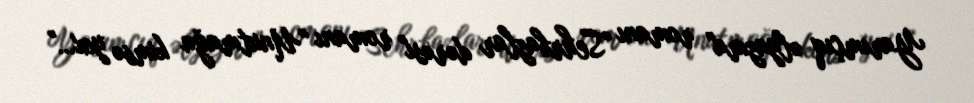
Yarımçıq əlyazma" romanı "Sehrbazlar dərəsi" romanı "Unutmağa kimsə yox…"